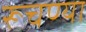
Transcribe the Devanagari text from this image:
रूचण्या